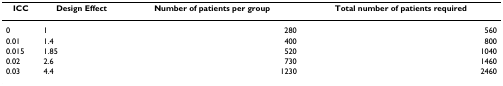
| ICC | Design Effect | Number of patients per group | Total number of patients required |
 | --- | --- | --- | --- |
 | 0 | 1 | 280 | 560 |
 | 0.01 | 1.4 | 400 | 800 |
 | 0.015 | 1.85 | 520 | 1040 |
 | 0.02 | 2.6 | 730 | 1460 |
 | 0.03 | 4.4 | 1230 | 2460 |